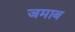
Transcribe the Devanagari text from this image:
जमाब